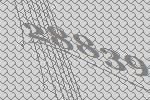
28839